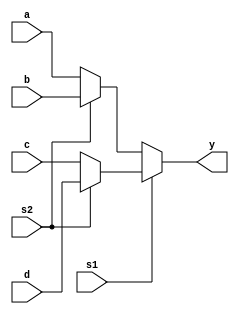
module mux_41_df(y,s1,s2,a,b,c,d);
  output y;
  input s1,s2,a,b,c,d;
  
  assign y=((s1==0)?((s2==0)?a:b):((s2==0)?c:d));
endmodule


//tst bnch

module t_mux_41_df();
  wire y;
  reg a,b,c,d,s1,s2;
  
 mux_41_df a1(y,s1,s2,a,b,c,d);
  
  initial
  begin
  s1= 1'b0;
  s2= 1'b0;
  a = 1'b1;
  b = 1'b0;
  c = 1'b0;
  d = 1'b0;
  #50;  
  
  s1= 1'b0;
  s2= 1'b1;
  a = 1'b0;
  b = 1'b1;
  c = 1'b0;
  d = 1'b0;
  #50;
  
  s1= 1'b1;
  s2= 1'b0;
  a = 1'b0;
  b = 1'b0;
  c = 1'b1;
  d = 1'b0;
  #50;
  
  s1= 1'b1;
  s2= 1'b1;
  a = 1'b0;
  b = 1'b0;
  c = 1'b0;
  d = 1'b1;
  #50;
  
end

endmodule